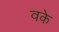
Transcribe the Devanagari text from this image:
वके